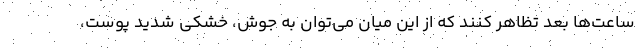
ساعت‌ها بعد تظاهر کنند که از این میان می‌توان به جوش، خشکی شدید پوست،